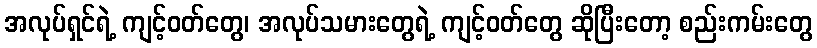
အလုပ်ရှင်ရဲ့ ကျင့်ဝတ်တွေ၊ အလုပ်သမားတွေရဲ့ ကျင့်ဝတ်တွေ ဆိုပြီးတော့ စည်းကမ်းတွေ